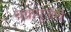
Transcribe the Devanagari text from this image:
चक्रपूजेचे